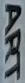
ART